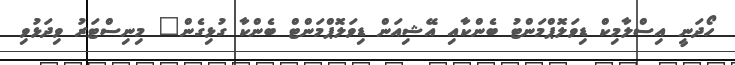
ހޯދަނީ އިސްލާމިކް ޑިވަލޮޕްމަންޓު ބެންކާއި އޭޝިއަން ޑިވަލޮޕްމަންޓް ބެންކާ ގުޅިގެން" މިނިސްޓަރު ވިދަޅުވި